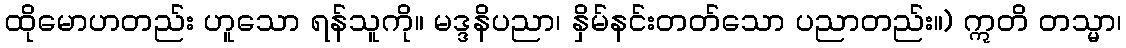
ထိုမောဟတည်း ဟူသော ရန်သူကို။ မဒ္ဒနိပညာ၊ နှိမ်နင်းတတ်သော ပညာတည်း။) ဣတိ တသ္မာ၊